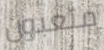
متعبون